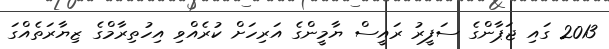
2013 ގައި ޖަޕާންގެ ސަފީރު ރައީސް ޔާމީންގެ އަރިހަށް ކުރެެއްވި އިހުތިރާމްގެ ޒިޔާރަތެއްގަ